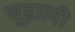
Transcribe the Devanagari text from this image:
चूड़ाली